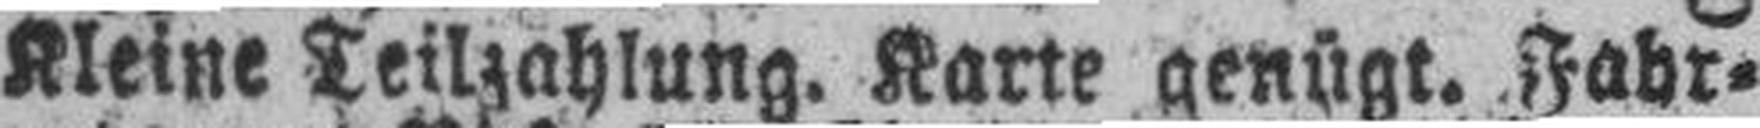
Kleine Teilzahlung. Karte genügt. Fahr¬